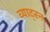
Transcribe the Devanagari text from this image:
व्याट्स्न